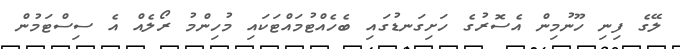
ލޭގެ ފިނި ހޫނުމިން އެސޮރުގެ ހަށިގަނޑުގައި ބެހެއްޓުމައްޓަކައި މުހިންމު ރޯލެއް އެ ސިސްޓަމުން